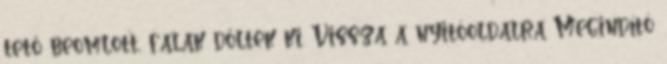
tető beomlott, falak dőltek ki. Vissza a nyitóoldalra Megindító